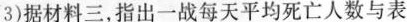
3)据材料三，指出一战每天平均死亡人数与表